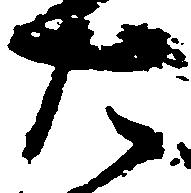
た